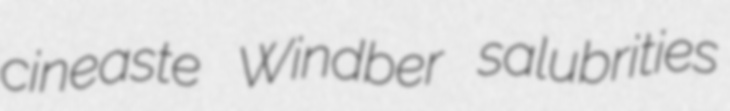
cineaste Windber salubrities